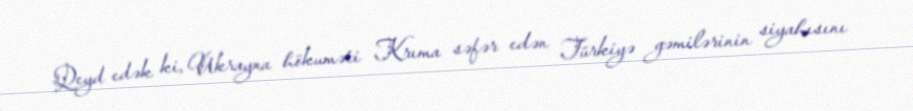
Qeyd edək ki, Ukrayna hökuməti Krıma səfər edən Türkiyə gəmilərinin siyahısını